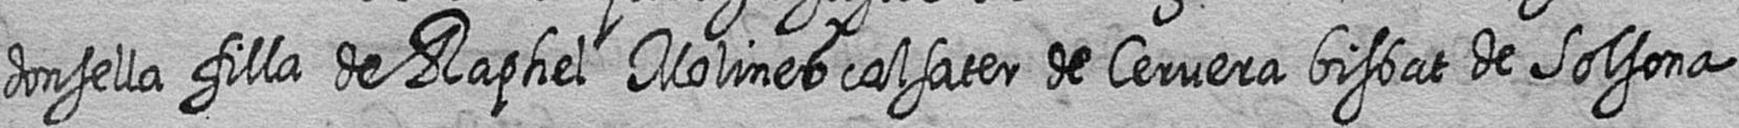
donsella filla de Raphel Molines calsater de Cervera bisbat de Solsona